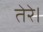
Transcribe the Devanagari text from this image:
तेरे।